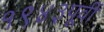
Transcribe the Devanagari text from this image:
१९४३पूर्वी